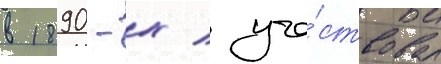
в 1890-х / уча́ствовал